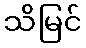
သိမြင်